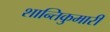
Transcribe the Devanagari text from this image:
शान्तिकुमारी